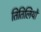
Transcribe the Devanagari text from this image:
तितिलियों